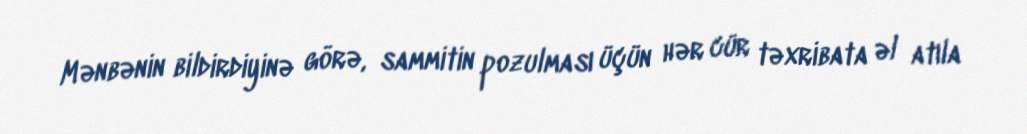
Mənbənin bildirdiyinə görə, sammitin pozulması üçün hər cür təxribata əl atıla